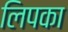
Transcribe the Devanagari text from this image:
लिपका